Indian journal of veterinary science and animal husbandry - Volume 10,
Year: 1940
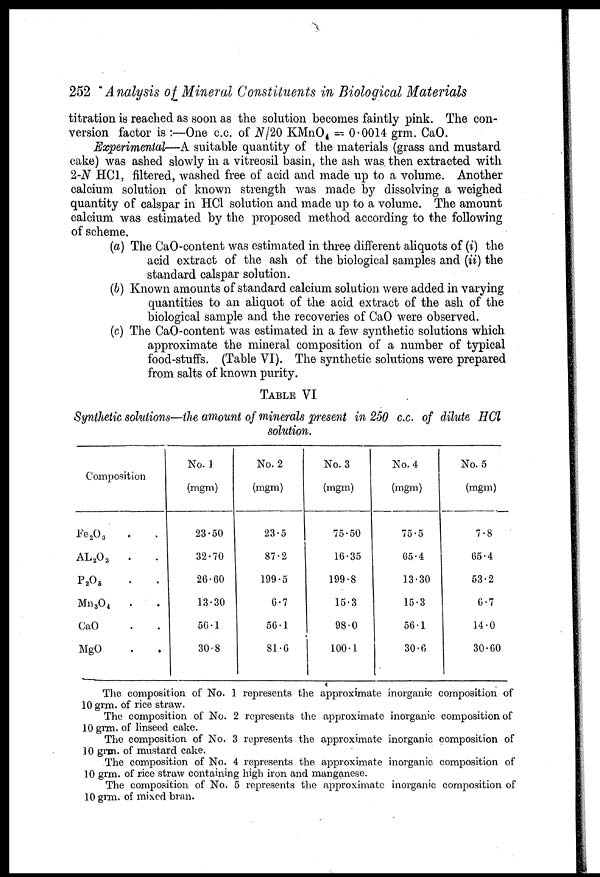
252 Analysis of Mineral Constituents in Biological Materials
titration is reached as soon as the solution becomes faintly pink. The con-
version factor is :—One c.c. of N/20 KMnO 4 = 0.0014 grm. CaO.
Experimental—A suitable quantity of the materials (grass and mustard
cake) was ashed slowly in a vitreosil basin, the ash was then extracted with
2-N HCl, filtered, washed free of acid and made up to a volume. Another
calcium solution of known strength was made by dissolving a weighed
quantity of calspar in HCl solution and made up to a volume. The amount
calcium was estimated by the proposed method according to the following
of scheme.
(a) The CaO-content was estimated in three different aliquots of (i) the
acid extract of the ash of the biological samples and (ii) the
standard calspar solution.
(b) Known amounts of standard calcium solution were added in varying
quantities to an aliquot of the acid extract of the ash of the
biological sample and the recoveries of CaO were observed.
(c) The CaO-content was estimated in a few synthetic solutions which
approximate the mineral composition of a number of typical
food-stuffs. (Table VI). The synthetic solutions were prepared
from salts of known purity.
TABLE VI
Synthetic solutions—the amount of minerals present in 250 c.c. of dilute HCl
solution.
Composition
Fe 2 O 3
. .
AL 2 O 3
. .
P 2 O 5 . .
Mn 3 O 4
. .
CaO . .
MgO . .
No. 1
(mgm)
23.50
32.70
26.60
13.30
56.1
30.8
No. 2
(mgm)
23.5
87.2
199.5
6.7
56.1
81.6
No. 3
(mgm)
75.50
16.35
199.8
15.3
98.0
100.1
No. 4
(mgm)
75.5
65.4
13.30
15.3
56.1
30.6
No. 5
(mgm)
7.8
65.4
53.2
6.7
14.0
30.60
The composition of No. 1 represents the approximate inorganic composition of
10 grm. of rice straw.
The composition of No. 2 represents the approximate inorganic composition of
10 grm. of linseed cake.
The composition of No. 3 represents the approximate inorganic composition of
10 grm. of mustard cake.
The composition of No. 4 represents the approximate inorganic composition of
10 grm. of rice straw containing high iron and manganese.
The composition of No. 5 represents the approximate inorganic composition of
10 grm. of mixed bran.